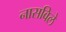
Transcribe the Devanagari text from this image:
नासविले